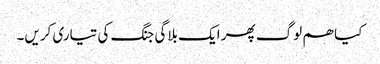
کیا ھم لوگ پھر ایک بلاگی جنگ کی تیاری کریں۔